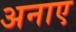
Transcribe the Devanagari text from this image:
अनाए